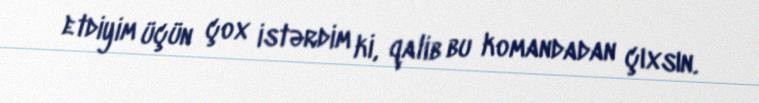
etdiyim üçün çox istərdim ki, qalib bu komandadan çıxsın.